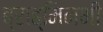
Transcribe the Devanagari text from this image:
ब्राह्मिनभी